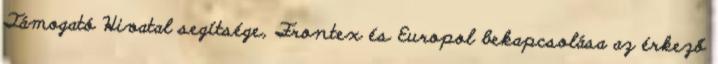
Támogató Hivatal segítsége, Frontex és Europol bekapcsolása az érkező